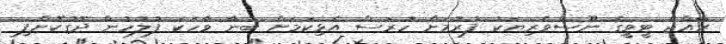
ރާއްޖެ ޓީވީގެ ނޫސްވެރިޔަކު ފުރުމަށް ހުރަސް އެޅިކަމަށް ބުނާ ވާހަކަ ފުލުހުން ދޮގުކޮށްފި